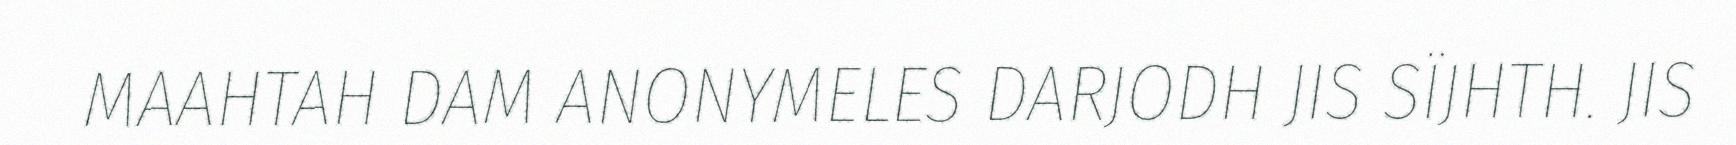
MAAHTAH DAM ANONYMELES DARJODH JIS SÏJHTH. JIS